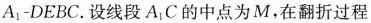
A_{1}-DEBC。设线段_{1}A1C的中点为M，在翻折过程